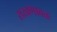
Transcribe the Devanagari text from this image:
राखणावळ